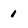
Character: 1